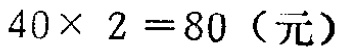
\(40\times 2 = 80（\text{元}）\)